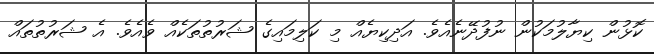
ކޮޅުން ކިޔާލުމަކުން ނުފުދޭނެއެވެ. އަދިކިޔެއް މި ކަލިމައިގެ ޝަރުތުތަކެއް ވެއެވެ. އެ ޝަރުތުތައް